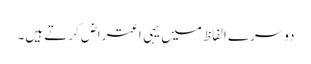
دوسرے الفاظ میں یہی اعتراض کرتے ہیں۔